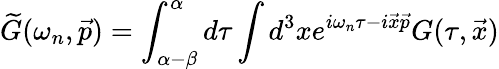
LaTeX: \widetilde{G}(\omega_{n},\vec{p})=\int_{\alpha-\beta}^{\alpha}d\tau\int d^{3}xe^{i\omega_{n}\tau-i\vec{x}\vec{p}}G(\tau,\vec{x})